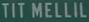
TIT MELLIL